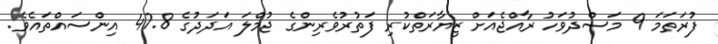
ފުރަތަމަ 9 މަސްދުވަހު ރާއްޖެއަށް ޒިޔާރަތްކުރި ފަތުރުވެރިންގެ ޖުމްލަ އަދަދުގެ 47.8 އިންސައްތައެވެ.